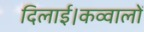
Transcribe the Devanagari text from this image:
दिलाई।कव्वालों